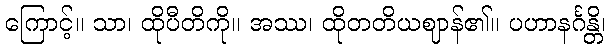
ကြောင့်။ သာ၊ ထိုပီတိကို။ အဿ၊ ထိုတတိယဈာန်၏။ ပဟာနင်္ဂန္တိ၊